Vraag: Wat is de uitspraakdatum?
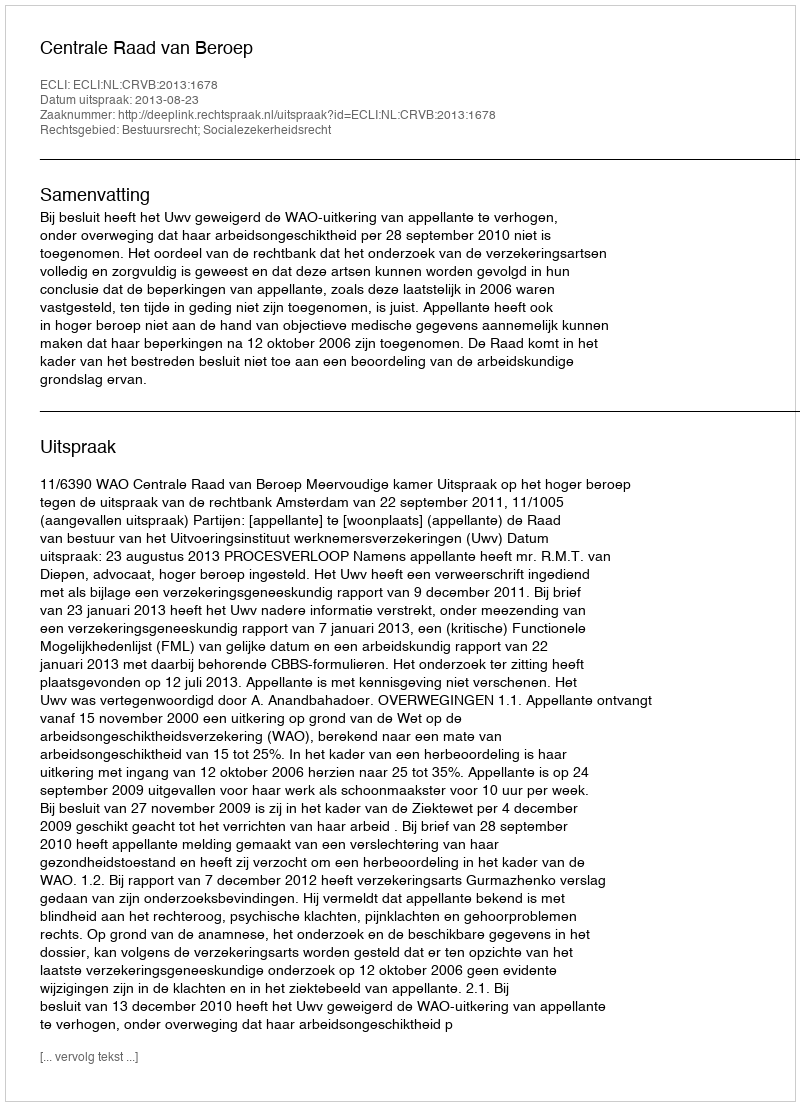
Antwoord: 2013-08-23